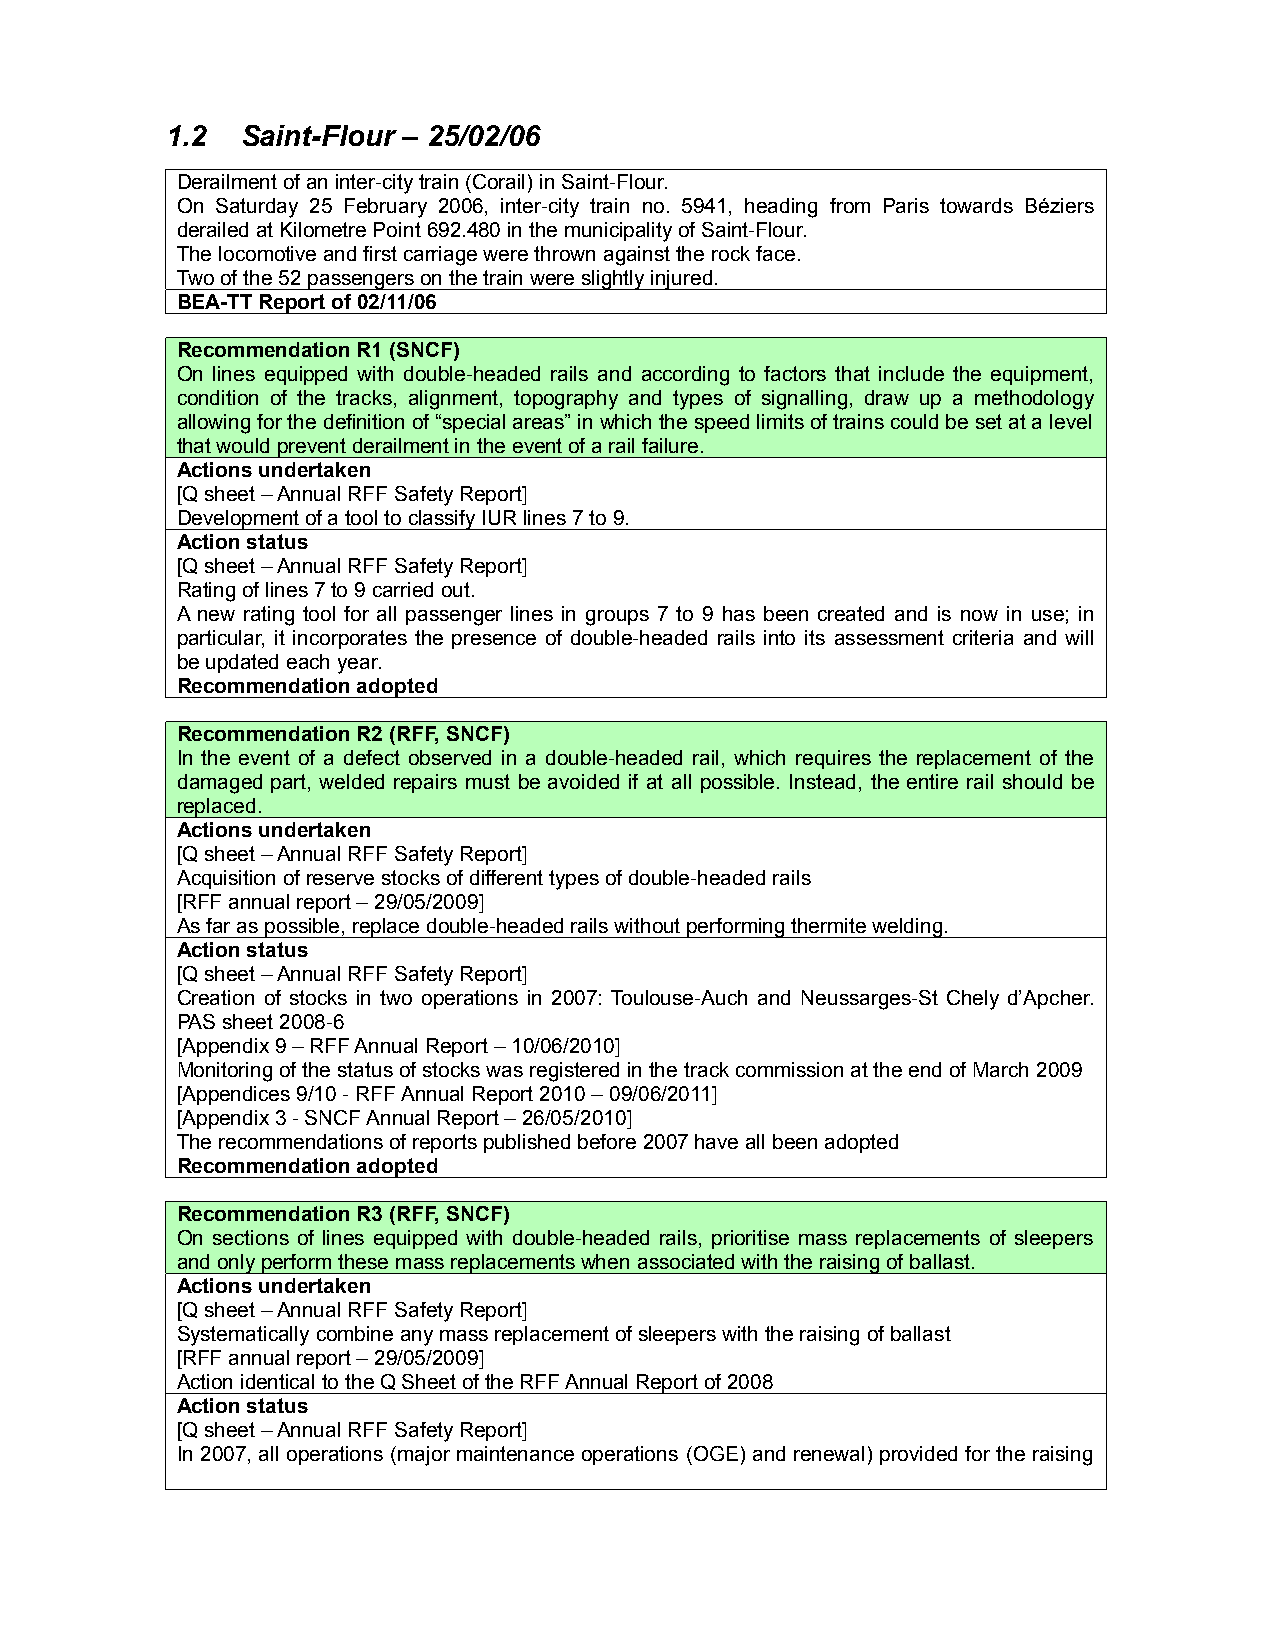
1.2  Saint-Flour – 25/02/06
 Derailment of an inter-city train (Corail) in Saint-Flour.
 On Saturday 25 February 2006, inter-city train no. 5941, heading from Paris towards Béziers
 derailed at Kilometre Point 692.480 in the municipality of Saint-Flour.
 The locomotive and first carriage were thrown against the rock face.
 Two of the 52 passengers on the train were slightly injured.
 BEA-TT Report of 02/11/06
 Recommendation R1 (SNCF)
 On lines equipped with double-headed rails and according to factors that include the equipment,
 condition of the tracks, alignment, topography and types of signalling, draw up a methodology
 allowing for the definition of “special areas” in which the speed limits of trains could be set at a level
 that would prevent derailment in the event of a rail failure.
 Actions undertaken
 [Q sheet – Annual RFF Safety Report]
 Development of a tool to classify IUR lines 7 to 9.
 Action status
 [Q sheet – Annual RFF Safety Report]
 Rating of lines 7 to 9 carried out.
 A new rating tool for all passenger lines in groups 7 to 9 has been created and is now in use; in
 particular, it incorporates the presence of double-headed rails into its assessment criteria and will
 be updated each year.
 Recommendation adopted
 Recommendation R2 (RFF, SNCF)
 In the event of a defect observed in a double-headed rail, which requires the replacement of the
 damaged part, welded repairs must be avoided if at all possible. Instead, the entire rail should be
 replaced.
 Actions undertaken
 [Q sheet – Annual RFF Safety Report]
 Acquisition of reserve stocks of different types of double-headed rails
 [RFF annual report – 29/05/2009]
 As far as possible, replace double-headed rails without performing thermite welding.
 Action status
 [Q sheet – Annual RFF Safety Report]
 Creation of stocks in two operations in 2007: Toulouse-Auch and Neussarges-St Chely d’Apcher.
 PAS sheet 2008-6
 [Appendix 9 – RFF Annual Report – 10/06/2010]
 Monitoring of the status of stocks was registered in the track commission at the end of March 2009
 [Appendices 9/10 - RFF Annual Report 2010 – 09/06/2011]
 [Appendix 3 - SNCF Annual Report – 26/05/2010]
 The recommendations of reports published before 2007 have all been adopted
 Recommendation adopted
 Recommendation R3 (RFF, SNCF)
 On sections of lines equipped with double-headed rails, prioritise mass replacements of sleepers
 and only perform these mass replacements when associated with the raising of ballast.
 Actions undertaken
 [Q sheet – Annual RFF Safety Report]
 Systematically combine any mass replacement of sleepers with the raising of ballast
 [RFF annual report – 29/05/2009]
 Action identical to the Q Sheet of the RFF Annual Report of 2008
 Action status
 [Q sheet – Annual RFF Safety Report]
 In 2007, all operations (major maintenance operations (OGE) and renewal) provided for the raising